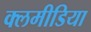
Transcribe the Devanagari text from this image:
क्लमीडिया